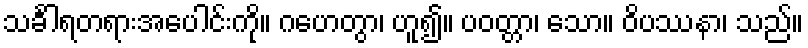
သင်္ခါရတရားအပေါင်းကို။ ဂဟေတွာ၊ ဟူ၍။ ပဝတ္တာ၊ သော။ ဝိပဿနာ၊ သည်။